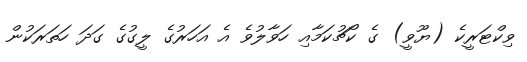
ވިކްޓަރީކެ (ޔޫވީ) ގެ ކޯޗުކަމާއި ހަވާލުވެ އެ އަހަރުގެ ލީގުގެ ގަދަ ހަތަރަކުން